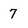
Character: 7